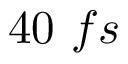
4 0 ~ f s